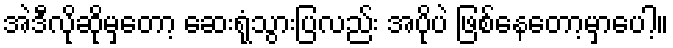
အဲဒီလိုဆိုမှတော့ ဆေးရုံသွားပြလည်း အပိုပဲ ဖြစ်နေတော့မှာပေါ့။